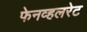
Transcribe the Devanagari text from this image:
फेनव्हलरेट